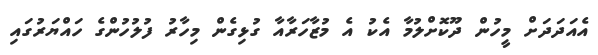
އެއަދަދަށް މީހުން ދޫކޮށްލުމާ އެކު އެ މުޒާހަރާއާ ގުޅިގެން މިހާރު ފުލުހުންގެ ހައްޔަރުގައި